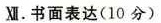
Ⅷ. 书面表达(10分)